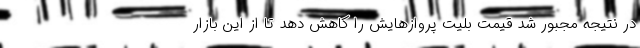
در نتیجه مجبور شد قیمت بلیت پروازهایش را کاهش دهد تا از این بازار